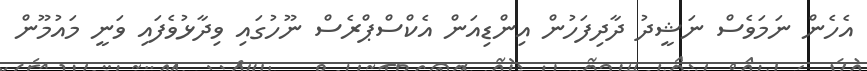
އެހެން ނަމަވެސް ނަޝީދު ދާދިފަހުން އިންޑިއަން އެކްސްޕްރެސް ނޫހުގައި ވިދާޅުވެފައި ވަނީ މައުމޫން